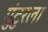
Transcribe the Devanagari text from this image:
गुंटुरला